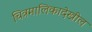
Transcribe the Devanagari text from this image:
चित्रमालिकादेखील